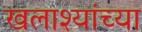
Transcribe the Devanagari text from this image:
खलाश्यांच्या